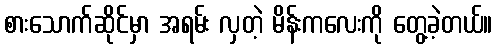
စားသောက်ဆိုင်မှာ အရမ်း လှတဲ့ မိန်းကလေးကို တွေ့ခဲ့တယ်။